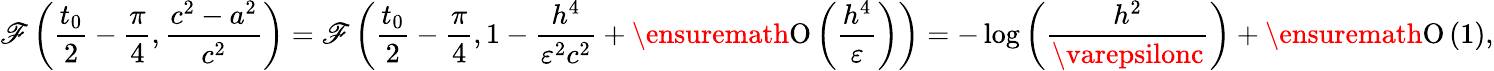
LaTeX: \mathscr{F}\left(\frac{{t_{0}}}{{2}}-\frac{{\pi}}{{4}},\frac{{c^{2}-a^{2}}}{{c^{2}}}\right)=\mathscr{F}\left(\frac{{t_{0}}}{{2}}-\frac{{\pi}}{{4}},1-\frac{{h^{4}}}{{\varepsilon^{2}c^{2}}}+\ensuremath{{\operatorname{O}\left(\frac{{h^{4}}}{{\varepsilon}}\right)}}\right)=-\log{\left(\frac{{h^{2}}}{{\varepsilonc}}\right)}+\ensuremath{{\operatorname{O}\left(1\right)}},